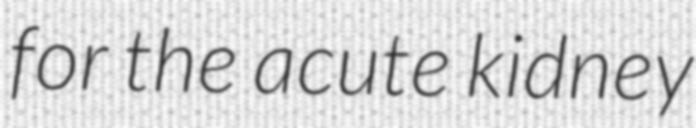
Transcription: for the acute kidney